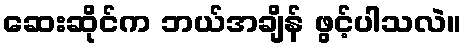
ဆေးဆိုင်က ဘယ်အချိန် ဖွင့်ပါသလဲ။